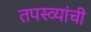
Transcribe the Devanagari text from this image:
तपस्व्यांची